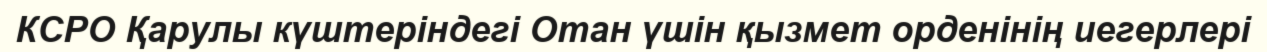
КСРО Қарулы күштеріндегі Отан үшін қызмет орденінің иегерлері